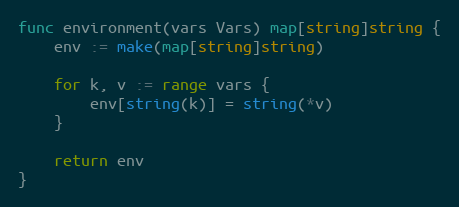
Language: Go
func environment(vars Vars) map[string]string {
	env := make(map[string]string)

	for k, v := range vars {
		env[string(k)] = string(*v)
	}

	return env
}